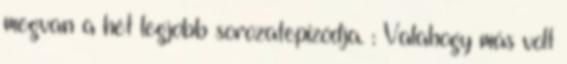
megvan a hét legjobb sorozatepizódja. : Valahogy más volt